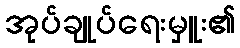
အုပ်ချုပ်ရေးမှူး၏